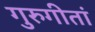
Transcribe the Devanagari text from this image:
गुरुगीतां